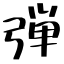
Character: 弾